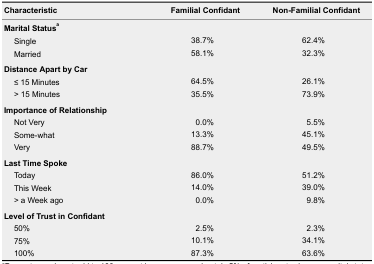
<table><thead><tr><td><b>Characteristic</b></td><td><b>Familial Confidant</b></td><td><b>Non-Familial Confidant</b></td></tr></thead><tbody><tr><td colspan="3"><b>Marital Status<sup>a</sup></b></td></tr><tr><td>Single</td><td>38.7%</td><td>62.4%</td></tr><tr><td>Married</td><td>58.1%</td><td>32.3%</td></tr><tr><td colspan="3"><b>Distance Apart by Car</b></td></tr><tr><td>≤ 15 Minutes</td><td>64.5%</td><td>26.1%</td></tr><tr><td>&gt; 15 Minutes</td><td>35.5%</td><td>73.9%</td></tr><tr><td colspan="3"><b>Importance of Relationship</b></td></tr><tr><td>Not Very</td><td>0.0%</td><td>5.5%</td></tr><tr><td>Some-what</td><td>13.3%</td><td>45.1%</td></tr><tr><td>Very</td><td>88.7%</td><td>49.5%</td></tr><tr><td colspan="3"><b>Last Time Spoke</b></td></tr><tr><td>Today</td><td>86.0%</td><td>51.2%</td></tr><tr><td>This Week</td><td>14.0%</td><td>39.0%</td></tr><tr><td>&gt; a Week ago</td><td>0.0%</td><td>9.8%</td></tr><tr><td colspan="3"><b>Level of Trust in Confidant</b></td></tr><tr><td>50%</td><td>2.5%</td><td>2.3%</td></tr><tr><td>75%</td><td>10.1%</td><td>34.1%</td></tr><tr><td>100%</td><td>87.3%</td><td>63.6%</td></tr></tbody></table>